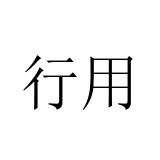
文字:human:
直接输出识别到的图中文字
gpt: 行用